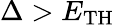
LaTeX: \Delta>E_{\mathrm{TH}}